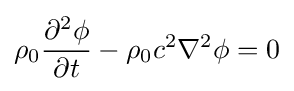
\rho _{0}{\frac {\partial ^{2}\phi }{\partial t}}-\rho _{0}c^{2}\nabla ^{2}\phi =0